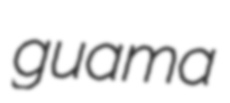
guama